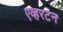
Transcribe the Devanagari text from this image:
एव्हरटन